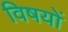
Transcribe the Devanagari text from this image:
विषयाें